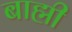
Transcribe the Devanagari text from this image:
बाह्मी